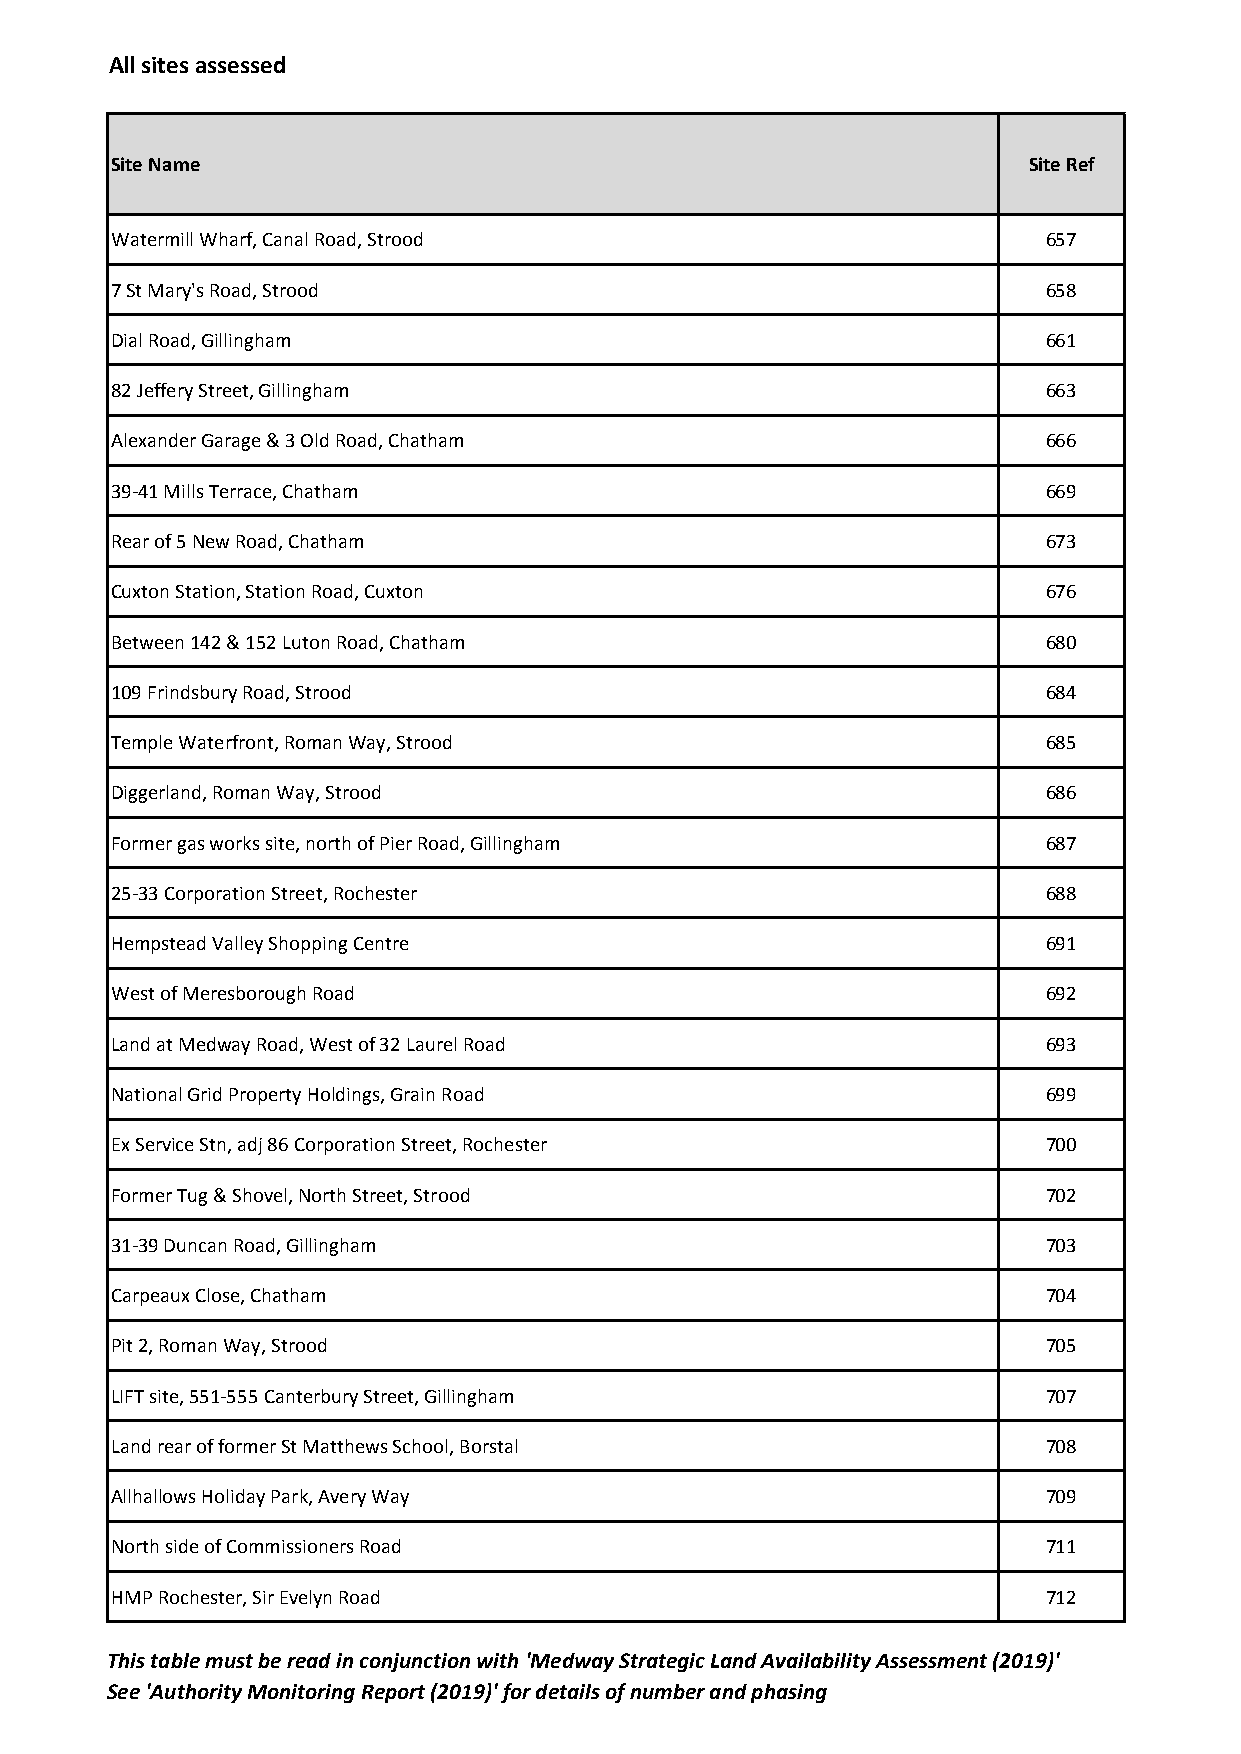
All sites assessed
 Site Name                                                    Site Ref
 Watermill Wharf, Canal Road, Strood                           657
 7 St Mary's Road, Strood                                      658
 Dial Road, Gillingham                                         661
 82 Jeffery Street, Gillingham                                 663
 Alexander Garage & 3 Old Road, Chatham                        666
 39-41 Mills Terrace, Chatham                                  669
 Rear of 5 New Road, Chatham                                   673
 Cuxton Station, Station Road, Cuxton                          676
 Between 142 & 152 Luton Road, Chatham                         680
 109 Frindsbury Road, Strood                                   684
 Temple Waterfront, Roman Way, Strood                          685
 Diggerland, Roman Way, Strood                                 686
 Former gas works site, north of Pier Road, Gillingham         687
 25-33 Corporation Street, Rochester                           688
 Hempstead Valley Shopping Centre                              691
 West of Meresborough Road                                     692
 Land at Medway Road, West of 32 Laurel Road                   693
 National Grid Property Holdings, Grain Road                   699
 Ex Service Stn, adj 86 Corporation Street, Rochester          700
 Former Tug & Shovel, North Street, Strood                     702
 31-39 Duncan Road, Gillingham                                 703
 Carpeaux Close, Chatham                                       704
 Pit 2, Roman Way, Strood                                      705
 LIFT site, 551-555 Canterbury Street, Gillingham              707
 Land rear of former St Matthews School, Borstal               708
 Allhallows Holiday Park, Avery Way                            709
 North side of Commissioners Road                              711
 HMP Rochester, Sir Evelyn Road                                712
 This table must be read in conjunction with 'Medway Strategic Land Availability Assessment (2019)'
 See 'Authority Monitoring Report (2019)' for details of number and phasing